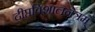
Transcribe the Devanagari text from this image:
दीप्तविशालनेत्रम्